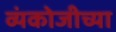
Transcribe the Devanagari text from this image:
व्यंकोजीच्या